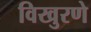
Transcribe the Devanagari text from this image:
विखुरणे